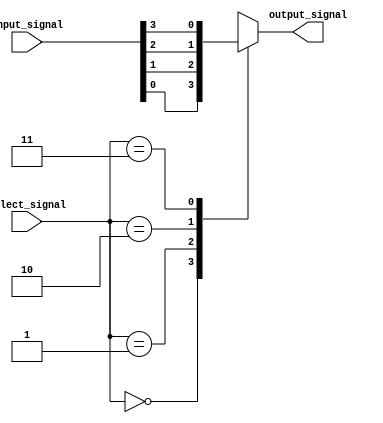
module full_case_mux (
    input [3:0] input_signal,
    input [1:0] select_signal,
    output reg output_signal
);

always @* begin
    case (select_signal)
        2'b00: output_signal = input_signal[0];
        2'b01: output_signal = input_signal[1];
        2'b10: output_signal = input_signal[2];
        2'b11: output_signal = input_signal[3];
        default: output_signal = 1'b0;
    endcase
end

endmodule